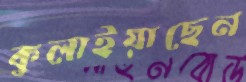
কুলাইয়াছেন